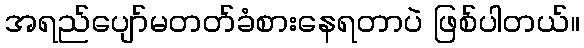
အရည်ပျော်မတတ်ခံစားနေရတာပဲ ဖြစ်ပါတယ်။